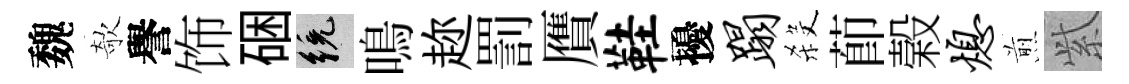
魏欹譽饰硱統鳴趂罰贋鞋擾蹋殺莭榖熄煎𬗋